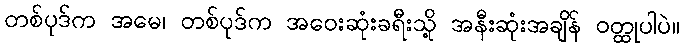
တစ်ပုဒ်က အမေ၊ တစ်ပုဒ်က အဝေးဆုံးခရီးသို့ အနီးဆုံးအချိန် ဝတ္ထုပါပဲ။